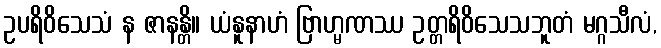
ဥပရိဝိသေသံ န ဇာနန္တိ။ ယံနူနာဟံ ဗြာဟ္မဏဿ ဥတ္တရိဝိသေသဘူတံ မဂ္ဂသီလံ,